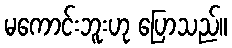
မကောင်းဘူးဟု ပြောသည်။